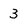
Character: 3